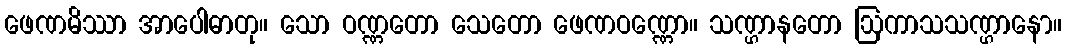
ဖေဏမိဿာ အာပေါဓာတု။ သော ဝဏ္ဏတော သေတော ဖေဏဝဏ္ဏော။ သဏ္ဌာနတော ဩကာသသဏ္ဌာနော။